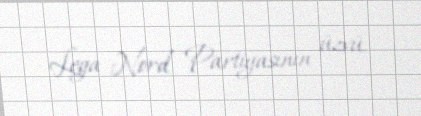
Lega Nord Partiyasının üzvü.